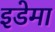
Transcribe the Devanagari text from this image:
इडेमा